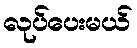
လုပ်ပေးမယ်